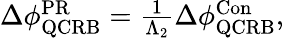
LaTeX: \begin{array}{r}{\Delta\phi_{\mathrm{{QCRB}}}^{\mathrm{{PR}}}=\frac{1}{\Lambda_{2}}\Delta\phi_{\mathrm{{QCRB}}}^{\mathrm{{Con}}},}\end{array}